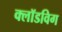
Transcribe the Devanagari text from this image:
क्लॉडविग